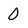
Character: O